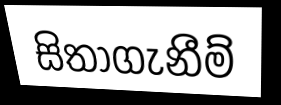
සිතාගැනීම්